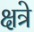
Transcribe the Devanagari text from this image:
क्षत्रे